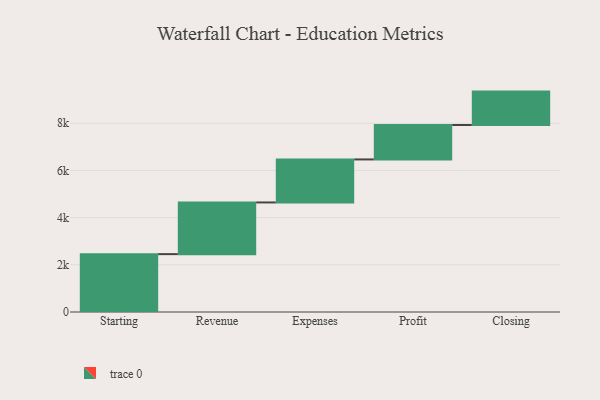
{"axis": {"x": "Step", "y": "Value"}, "legend": [""], "data": [{"x": "Starting", "y": 2453.0, "type": ""}, {"x": "Revenue", "y": 2191.0, "type": ""}, {"x": "Expenses", "y": 1823.0, "type": ""}, {"x": "Profit", "y": 1461.0, "type": ""}, {"x": "Closing", "y": 1415.0, "type": ""}]}